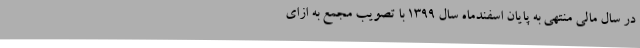
در سال مالی منتهی به پایان اسفندماه سال 1399 با تصویب مجمع به ازای